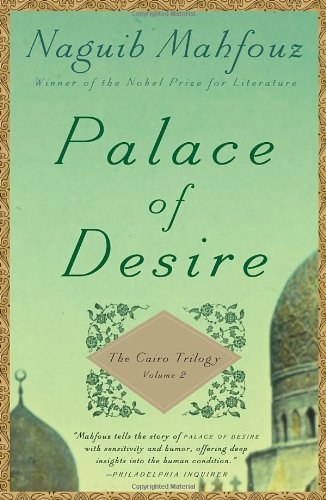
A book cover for Palace of Desire: The Cairo Trilogy, Volume 2; Naguib Mahfouz; Literature & Fiction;